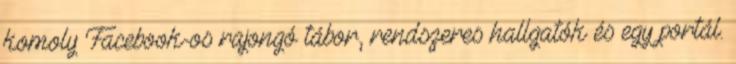
komoly Facebook-os rajongó tábor, rendszeres hallgatók és egy portál.